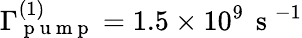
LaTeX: \Gamma_{\mathrm{~p~u~m~p~}}^{(1)}=1.5\times 10^{9}\, \mathrm{~s~}^{-1}